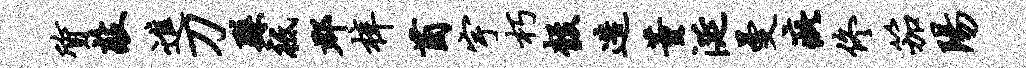
质敲进刀繇祗郡梓茵宇朽彀造董涎曼疵佟笳阳